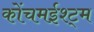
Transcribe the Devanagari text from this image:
कोंचमईश्ट्म